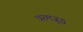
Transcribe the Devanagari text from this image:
धरमजुद्ध